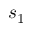
s _ { 1 }